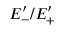
E _ { - } ^ { \prime } / E _ { + } ^ { \prime }